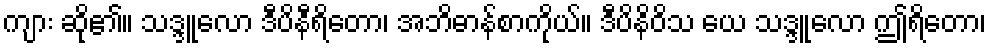
ကျား ဆို၏။ သဒ္ဒူလော ဒီပိနီရိတော၊ အဘိဓာန်စာကိုယ်။ ဒီပိနိဝိသ ယေ သဒ္ဒူလော ဤရိတော၊